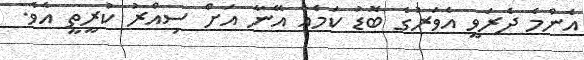
އެންމެ ދެރަވީ އެވަރުގެ ބޮޑު ކަމެއް އޭނާ އަށް ސިއްރު ކުރީތީ އެވެ.